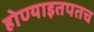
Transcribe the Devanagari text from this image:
होण्याइतपतच